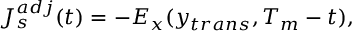
J _ { s } ^ { a d j } ( t ) = - E _ { x } ( y _ { t r a n s } , T _ { m } - t ) ,